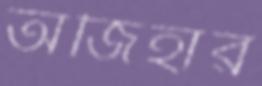
অজিহার